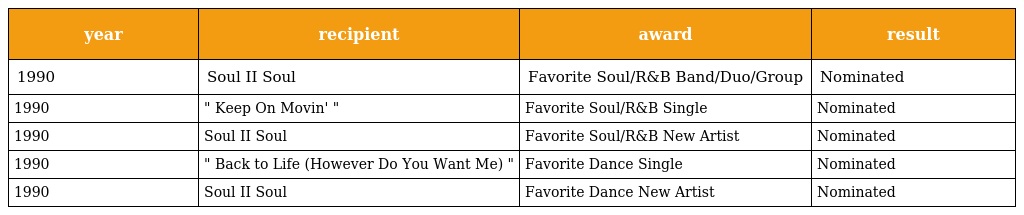
| year | recipient | award | result |
 | --- | --- | --- | --- |
 | 1990 | Soul II Soul | Favorite Soul/R&B Band/Duo/Group | Nominated |
 | 1990 | " Keep On Movin' " | Favorite Soul/R&B Single | Nominated |
 | 1990 | Soul II Soul | Favorite Soul/R&B New Artist | Nominated |
 | 1990 | " Back to Life (However Do You Want Me) " | Favorite Dance Single | Nominated |
 | 1990 | Soul II Soul | Favorite Dance New Artist | Nominated |